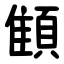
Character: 顀